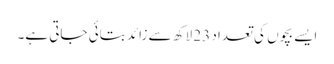
ایسے بچوں کی تعداد 23 لاکھ سے زائد بتائی جاتی ہے۔